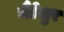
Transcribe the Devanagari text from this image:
चैंडेलुर